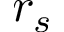
r _ { s }